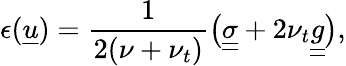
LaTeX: \epsilon(\underline{{u}})=\frac{1}{2(\nu+\nu_{t})}\big(\underline{{\underline{{\sigma}}}}+2\nu_{t}\underline{{\underline{{g}}}}\big),